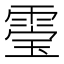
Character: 𮦚